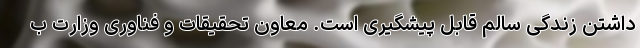
داشتن زندگی سالم قابل پیشگیری است. معاون تحقیقات و فناوری وزارت ب